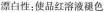
漂白性:使品红溶液褪色